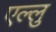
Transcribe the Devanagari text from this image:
एल्लु